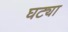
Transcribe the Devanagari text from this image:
घट्या